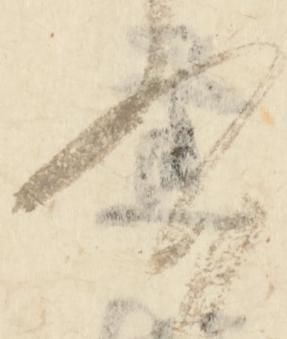
右